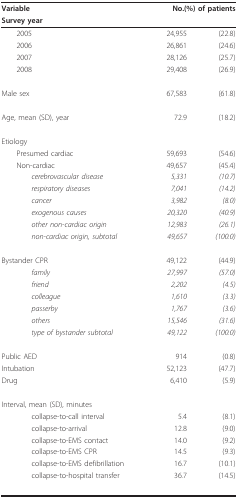
<table><thead><tr><td><b>Variable</b></td><td colspan="2"><b>No.(%) of patients</b></td></tr><tr><td><b>Survey year</b></td><td></td><td></td></tr></thead><tbody><tr><td> 2005</td><td>24,955</td><td>(22.8)</td></tr><tr><td> 2006</td><td>26,861</td><td>(24.6)</td></tr><tr><td> 2007</td><td>28,126</td><td>(25.7)</td></tr><tr><td> 2008</td><td>29,408</td><td>(26.9)</td></tr><tr><td>Male sex</td><td>67,583</td><td>(61.8)</td></tr><tr><td>Age, mean (SD), year</td><td>72.9</td><td>(18.2)</td></tr><tr><td>Etiology</td><td></td><td></td></tr><tr><td> Presumed cardiac</td><td>59,693</td><td>(54.6)</td></tr><tr><td> Non-cardiac</td><td>49,657</td><td>(45.4)</td></tr><tr><td><i>cerebrovascular disease</i></td><td><i>5,331</i></td><td><i>(10.7)</i></td></tr><tr><td><i>respiratory diseases</i></td><td><i>7,041</i></td><td><i>(14.2)</i></td></tr><tr><td><i>cancer</i></td><td><i>3,982</i></td><td><i>(8.0)</i></td></tr><tr><td><i>exogenous causes</i></td><td><i>20,320</i></td><td><i>(40.9)</i></td></tr><tr><td><i>other non-cardiac origin</i></td><td><i>12,983</i></td><td><i>(26.1)</i></td></tr><tr><td><i>non-cardiac origin, subtotal</i></td><td><i>49,657</i></td><td><i>(100.0)</i></td></tr><tr><td>Bystander CPR</td><td>49,122</td><td>(44.9)</td></tr><tr><td><i>family</i></td><td><i>27,997</i></td><td><i>(57.0)</i></td></tr><tr><td><i>friend</i></td><td><i>2,202</i></td><td><i>(4.5)</i></td></tr><tr><td><i>colleague</i></td><td><i>1,610</i></td><td><i>(3.3)</i></td></tr><tr><td><i>passerby</i></td><td><i>1,767</i></td><td><i>(3.6)</i></td></tr><tr><td><i>others</i></td><td><i>15,546</i></td><td><i>(31.6)</i></td></tr><tr><td><i>type of bystander subtotal</i></td><td><i>49,122</i></td><td><i>(100.0)</i></td></tr><tr><td>Public AED</td><td>914</td><td>(0.8)</td></tr><tr><td>Intubation</td><td>52,123</td><td>(47.7)</td></tr><tr><td>Drug</td><td>6,410</td><td>(5.9)</td></tr><tr><td>Interval, mean (SD), minutes</td><td></td><td></td></tr><tr><td>collapse-to-call interval</td><td>5.4</td><td>(8.1)</td></tr><tr><td>collapse-to-arrival</td><td>12.8</td><td>(9.0)</td></tr><tr><td>collapse-to-EMS contact</td><td>14.0</td><td>(9.2)</td></tr><tr><td>collapse-to-EMS CPR</td><td>14.5</td><td>(9.3)</td></tr><tr><td>collapse-to-EMS defibrillation</td><td>16.7</td><td>(10.1)</td></tr><tr><td>collapse-to-hospital transfer</td><td>36.7</td><td>(14.5)</td></tr></tbody></table>